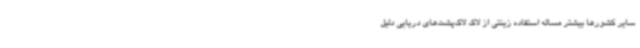
سایر کشورها بیشتر مساله استفاده زینتی از لاک لاک‌پشت‌های دریایی دلیل